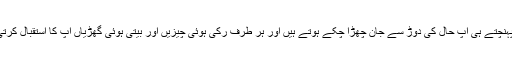
یہاں پہنچتے ہی آپ حال کی دوڑ سے جان چھڑا چکے ہوتے ہیں اور ہر طرف رکی ہوئی چیزیں اور بیتی ہوئی گھڑیاں آپ کا استقبال کرتی ہیں۔